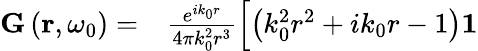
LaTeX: \begin{array}{rl}{\mathbf{G}\left(\mathbf{r},\omega_{0}\right)=}&{{}\frac{e^{ik_{0}r}}{4\pi k_{0}^{2}r^{3}}\Bigl[\left(k_{0}^{2}r^{2}+ik_{0}r-1\right)\mathbf{1}}\end{array}